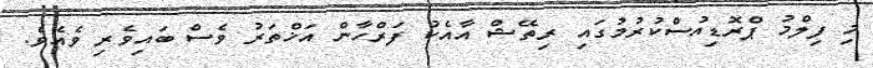
މި ފިލްމު ޕްރޮޑިއުސްކުރުމުގައި ރިތޭޝް އާއެކު ފަރްހާން އަޚްތަރު ވެސް ބައިވެރި ވެއެވެ.